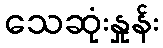
သေဆုံးနှုန်း